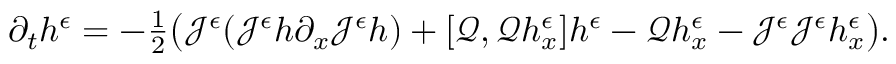
\begin{array} { r } { \partial _ { t } h ^ { \epsilon } = - \frac { 1 } { 2 } \big ( \mathcal { J } ^ { \epsilon } ( \mathcal { J } ^ { \epsilon } h \partial _ { x } \mathcal { J } ^ { \epsilon } h ) + [ \mathscr { Q } , \mathscr { Q } h _ { x } ^ { \epsilon } ] h ^ { \epsilon } - \mathscr { Q } h _ { x } ^ { \epsilon } - \mathcal { J } ^ { \epsilon } \mathcal { J } ^ { \epsilon } h _ { x } ^ { \epsilon } \big ) . } \end{array}